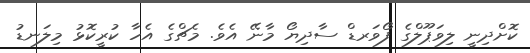
ކޮށްދިނީ ލިވަޕޫލްގެ ފޯވަރޑް ސާދިޔޯ މާނޭ އެވެ. މެޗްގެ އެހާ ކުރީކޮޅު މިލަނޑު